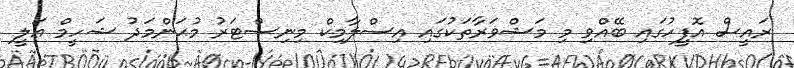
ރައީސް އޮފީހުގައި ބޭއްވި މި މަޝްވަރާތަކުގައި އިސްލާމިކް މިނިސްޓަރު މުޙަންމަދު ޝަހީމް ޢަލީ